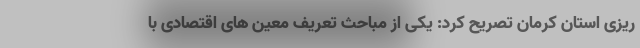
ریزی استان کرمان تصریح کرد: یکی از مباحث تعریف معین های اقتصادی با